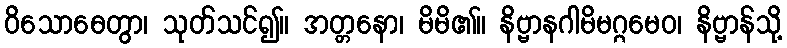
ဝိသောဓေတွာ၊ သုတ်သင်၍။ အတ္တနော၊ မိမိ၏။ နိဗ္ဗာနဂါမိမဂ္ဂမေဝ၊ နိဗ္ဗာန်သို့